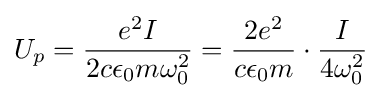
U_{p}={e^{2}I \over 2c\epsilon _{0}m\omega _{0}^{2}}={2e^{2} \over c\epsilon _{0}m}\cdot {I \over 4\omega _{0}^{2}}